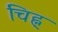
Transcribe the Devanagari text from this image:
चिह्न्